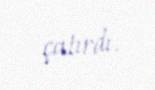
çatırdı.